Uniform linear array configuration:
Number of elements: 32
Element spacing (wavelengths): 0.5
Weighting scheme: binomial
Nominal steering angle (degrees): -30
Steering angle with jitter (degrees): -28.304
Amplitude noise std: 0.05
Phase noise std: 0.05

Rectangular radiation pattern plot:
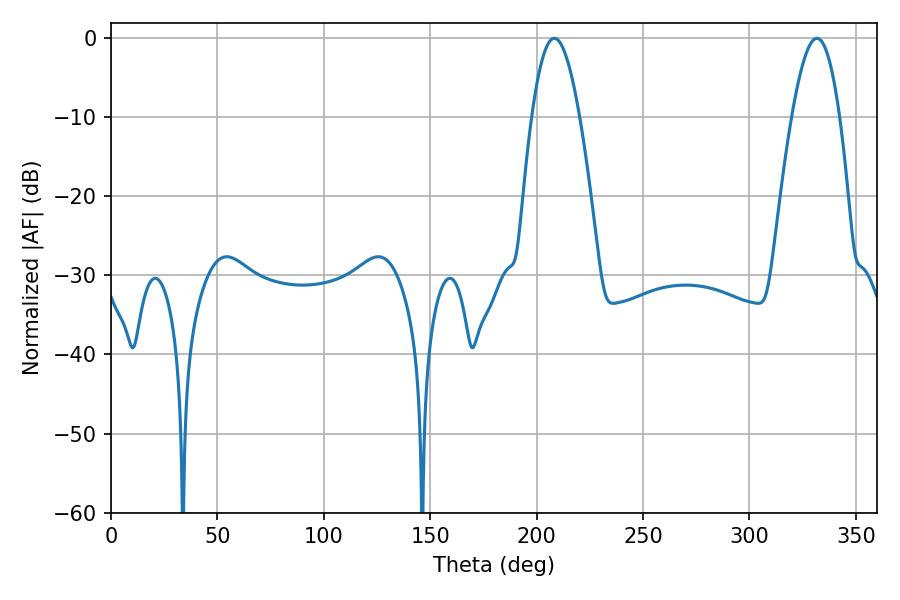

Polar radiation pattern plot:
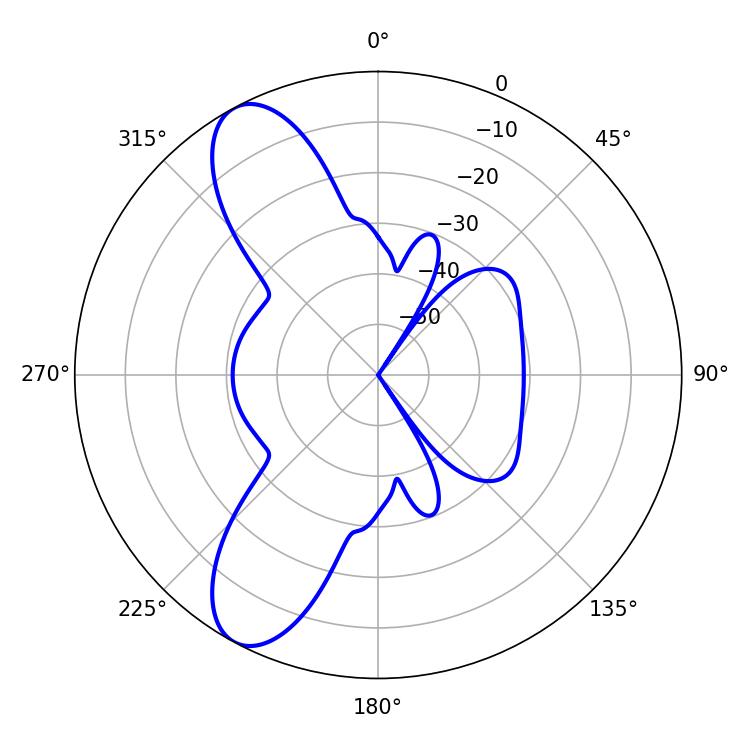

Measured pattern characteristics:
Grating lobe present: FALSE
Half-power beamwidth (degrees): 12.24
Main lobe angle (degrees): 208.26